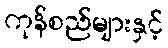
ကုန်စည်များနှင့်